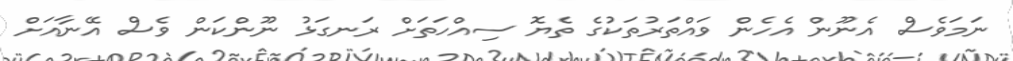
ނަމަވެސް އެނޫން އެހެން ވައްތަރުތަކުގެ ތެޔޮ ސިއްހަތަށް ރަނގަޅު ނޫންކަން ވެސް އޭނާއަށް